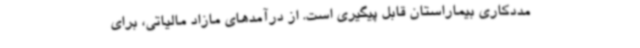
مددکاری بیماراستان قابل پیگیری است. از درآمدهای مازاد مالیاتی، برای